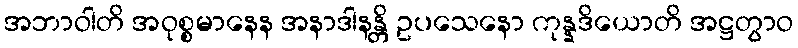
အဘာဝါတိ အဝုစ္စမာနေန အနာဒါနန္တိ ဥပသေနော ကုန္နဒိယောတိ အဋ္ဌတွာဝ